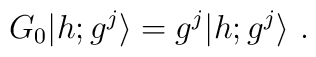
G_0\vert h;g^j \rangle=g^j \vert h;g^j \rangle{}~.